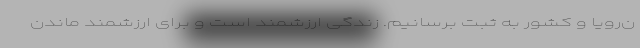
ن‌رویا و کشور به ثبت برسانیم. زندگی ارزشمند است و برای ارزشمند ماندن